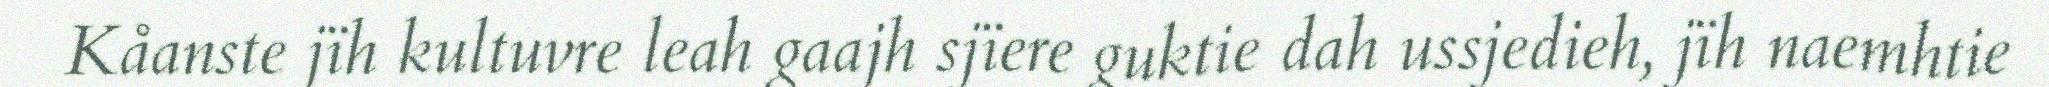
Kåanste jïh kultuvre leah gaajh sjïere guktie dah ussjedieh, jïh naemhtie